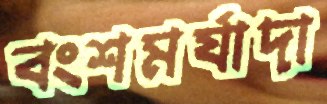
বংশমর্যাদা